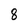
Character: 8